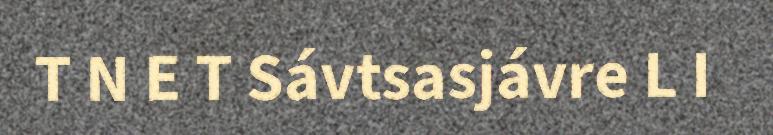
T N E T Sávtsasjávre L I